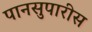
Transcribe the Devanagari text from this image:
पानसुपारीस